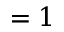
= 1